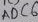
Text: ADC6